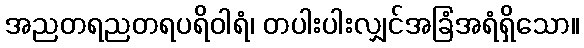
အညတရညတရပရိဝါရံ၊ တပါးပါးလျှင်အခြံအရံရှိသော။